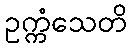
ဥက္ကံသေတိ